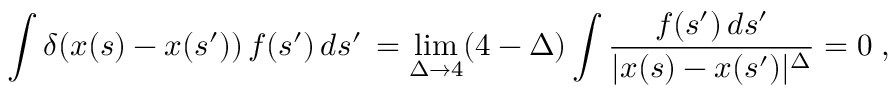
\int \delta ( x ( s ) - x ( s ^ { \prime } ) ) \, f ( s ^ { \prime } ) \, d s ^ { \prime } \, = \operatorname * { l i m } _ { \Delta \to 4 } ( 4 - \Delta ) \int \frac { f ( s ^ { \prime } ) \, d s ^ { \prime } } { | x ( s ) - x ( s ^ { \prime } ) | ^ { \Delta } } = 0 \; ,